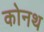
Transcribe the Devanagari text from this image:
कोनथ